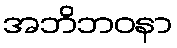
အဘိဘဝနာ